Report on the administration of the Government Cinchona Department 1892-98
Year: 1892
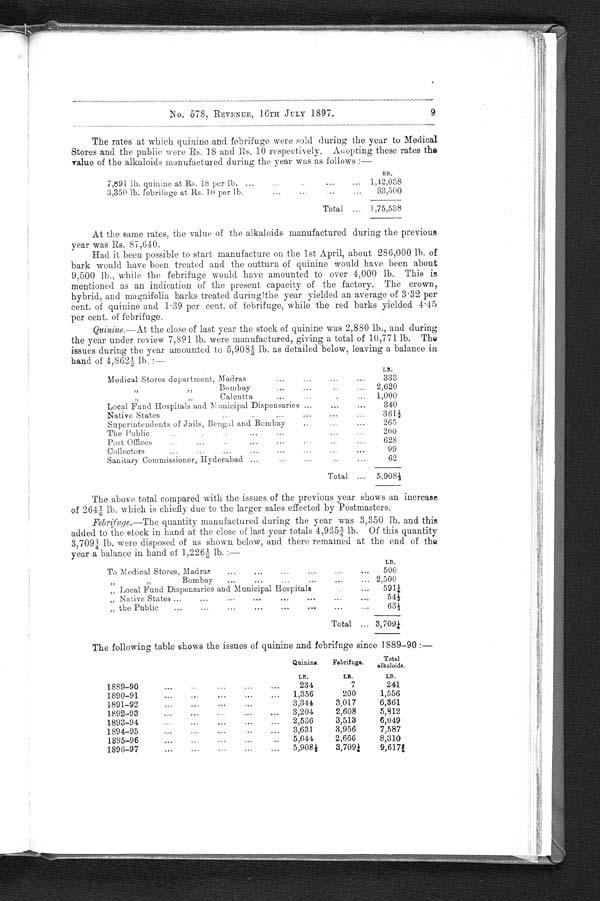
The rates at which quinine and febrifuge were sold during the year to Medical
Stores and the public were Rs. 18 and Rs. 10 respectively. Adopting these rates the
value of the alkaloids manufactured during the year was as follows :—
RS.
7,891 lb. quinine at Rs. 18 per lb. ...
...
1,42,038
3,350 lb. febrifuge at Rs. 10 per lb.
...
...
..
...
33,500
Total ... 1,75,538
At the same rates, the value of the alkaloids manufactured during the previous
year was Rs. 87,640.
Had it been possible to start manufacture on the 1st April, about 286,000 lb. of
bark would have been treated and the outturn of quinine would have been about
9,500 lb., while the febrifuge would have amounted to over 4,000 lb. This is
mentioned as an indication of the present capacity of the factory. The crown,
hybrid, and magnifolia barks treated during the year yielded an average of 3.32 per
cent. of quinine and 1.39 per cent. of febrifuge, while the red barks yielded 4.45
per cent. of febrifuge.
Quinine.—At the close of last year the stock of quinine was 2,880 lb., and during
the year under review 7,891 lb. were manufactured, giving a total of 10,771 lb. The
issues during the year amounted to 5,908½ lb. as detailed below, leaving a balance in
hand of 4,862½ lb. :—
LB.
Medical Stores department, Madras...
...
...
...
333
„ „ B o m b a y . . .
2,620
„ „ C a l c u t t a
-
. . .
1,000
Local Fund Hospitals and Municipal Dispensaries ...
...
...
340
Native States...
...
...
...
...
3 6 1 1 / 3
Superintendents of Jails, Bengal and Bombay
...
265
The Public... .
...
200
Post Offices
...
...
...
..
., .
628
...
Collectors
...
...
...
...
. . .
...
99
Sanitary Commissioner, Hyderabad .....
62
Total ...
5 , 9 0 8 ½
The above total compared with the issues of the previous year shows an increase
of 264½ lb. which is chiefly due to the larger sales effected by Postmasters.
Febrifuge.—The quantity manufactured during the year was 3,350 lb. and this
added to the stock in hand at the close of last year totals 4,935 ¾ lb. Of this quantity
3,709 ¼ lb. were disposed of as shown below, and there remained at the end of the
year a balance in hand of 1,226½ lb. :-
LB.
To Medical Stores, Madras
... ...
...
...
500
„ „ B o m b a y
. . .
. . .
2,500
„ Local Fund Dispensaries and Municipal Hospitals
5 9 1 ¼
„ Native States ...
...
... ... ... ...
...
5 4 ½
„ the Public
...
...
...
...
...
...
6 3 ½
Total ...
3 , 7 0 9 ¼
The following table shows the issues of quinine and. febrifuge since 1889-90 :-
Quinine.
Febrifuge.
T o t a l a l k a l o i d s .
LB.
LB.
LB.
1889-90
...
•••
•••
...
234
7
241
1890-91
1,356
200
1,556
1891-92
...
•••
...
3,344
3,017
6,361
1892-93
•••
•••
3,204
2,608
5 , 8 1 2
1893-94
2,536
3,513
6,049
1894-95
3,631
3,956
7,587
1895-96
...
...
5,644
2,666
8,310
1896-97
5,908 1/3
3 , 7 0 9 ¼
9, 617¾